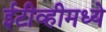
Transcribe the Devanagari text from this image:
ईटीव्हीमध्ये